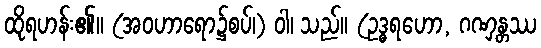
ထိုရဟန်း၏။ (အဝဟာရော၌စပ်၊) ဝါ၊ သည်။ (ဥဒ္ဓရဟော, ဂဏှန္တဿ